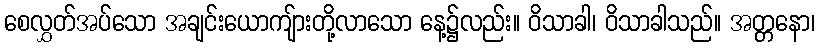
စေလွှတ်အပ်သော အချင်းယောကျ်ားတို့လာသော နေ့၌လည်း။ ဝိသာခါ၊ ဝိသာခါသည်။ အတ္တနော၊